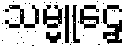
သမ္မူဠှေ